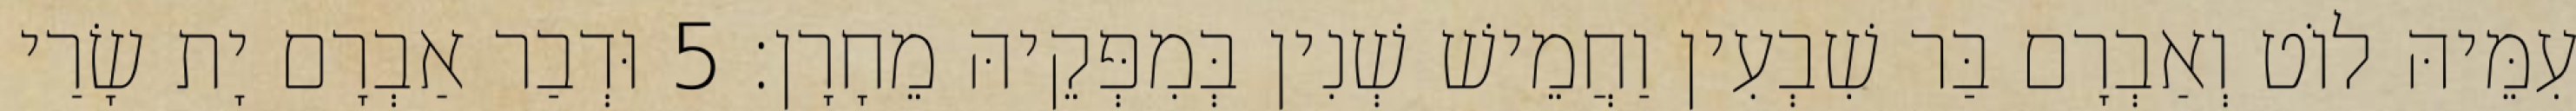
עִמֵּיהּ לוֹט וְאַבְרָם בַּר שִׁבְעִין וַחֲמֵישׁ שְׁנִין בְּמִפְּקֵיהּ מֵחָרָן׃ 5 וּדְבַר אַבְרָם יָת שָׂרַי